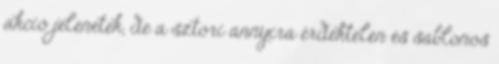
akció jelenetek, de a sztori annyira érdektelen és sablonos